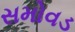
સમોવડ